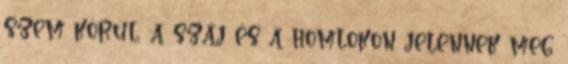
szem körül, a száj és a homlokon jelennek meg